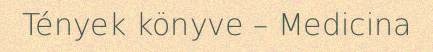
Tények könyve – Medicina